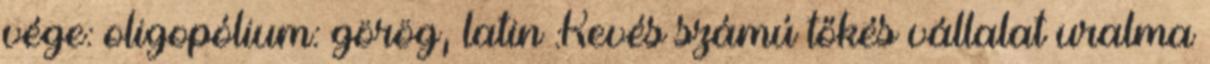
vége: oligopólium: görög, latin :Kevés számú tőkés vállalat uralma